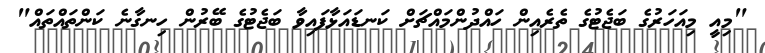
"މިއީ މިއަހަރުގެ ބަޖެޓުގެ ތެރެއިން ހައްދުންމައްޗަށް ކަނޑައަޅާފައިވާ ބަޖެޓުގެ ބޭރުން ހިނގާނެ ކަންތައްތައް"